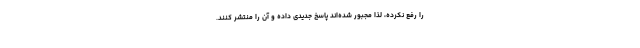
را رفع نکرده، لذا مجبور شده‌اند پاسخ جدیدی داده و آن را منتشر کنند.